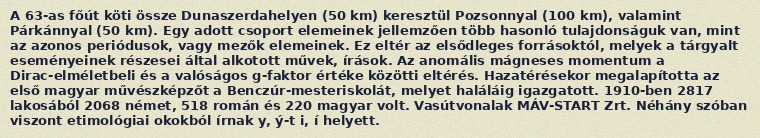
A 63-as főút köti össze Dunaszerdahelyen (50 km) keresztül Pozsonnyal (100 km), valamint Párkánnyal (50 km). Egy adott csoport elemeinek jellemzően több hasonló tulajdonságuk van, mint az azonos periódusok, vagy mezők elemeinek. Ez eltér az elsődleges forrásoktól, melyek a tárgyalt eseményeinek részesei által alkotott művek, írások. Az anomális mágneses momentum a Dirac-elméletbeli és a valóságos g-faktor értéke közötti eltérés. Hazatérésekor megalapította az első magyar művészképzőt a Benczúr-mesteriskolát, melyet haláláig igazgatott. 1910-ben 2817 lakosából 2068 német, 518 román és 220 magyar volt. Vasútvonalak MÁV-START Zrt. Néhány szóban viszont etimológiai okokból írnak y, ý-t i, í helyett.